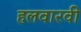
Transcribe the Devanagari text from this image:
हलवारवी